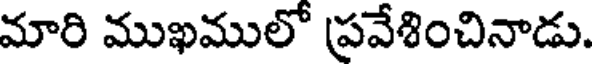
మారి ముఖములో ప్రవేశించినాడు.